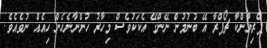
ޕްރިޔާންކާ ޗޯޕްރާ އޭ ބުނުމުން ނޭންގޭ އެކަކުވެސް މިހާރު ހުންނާނެހެން ހިއެއް ނުވެއެވެ.